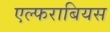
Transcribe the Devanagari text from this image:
एल्फराबियस